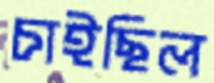
চাইছিল